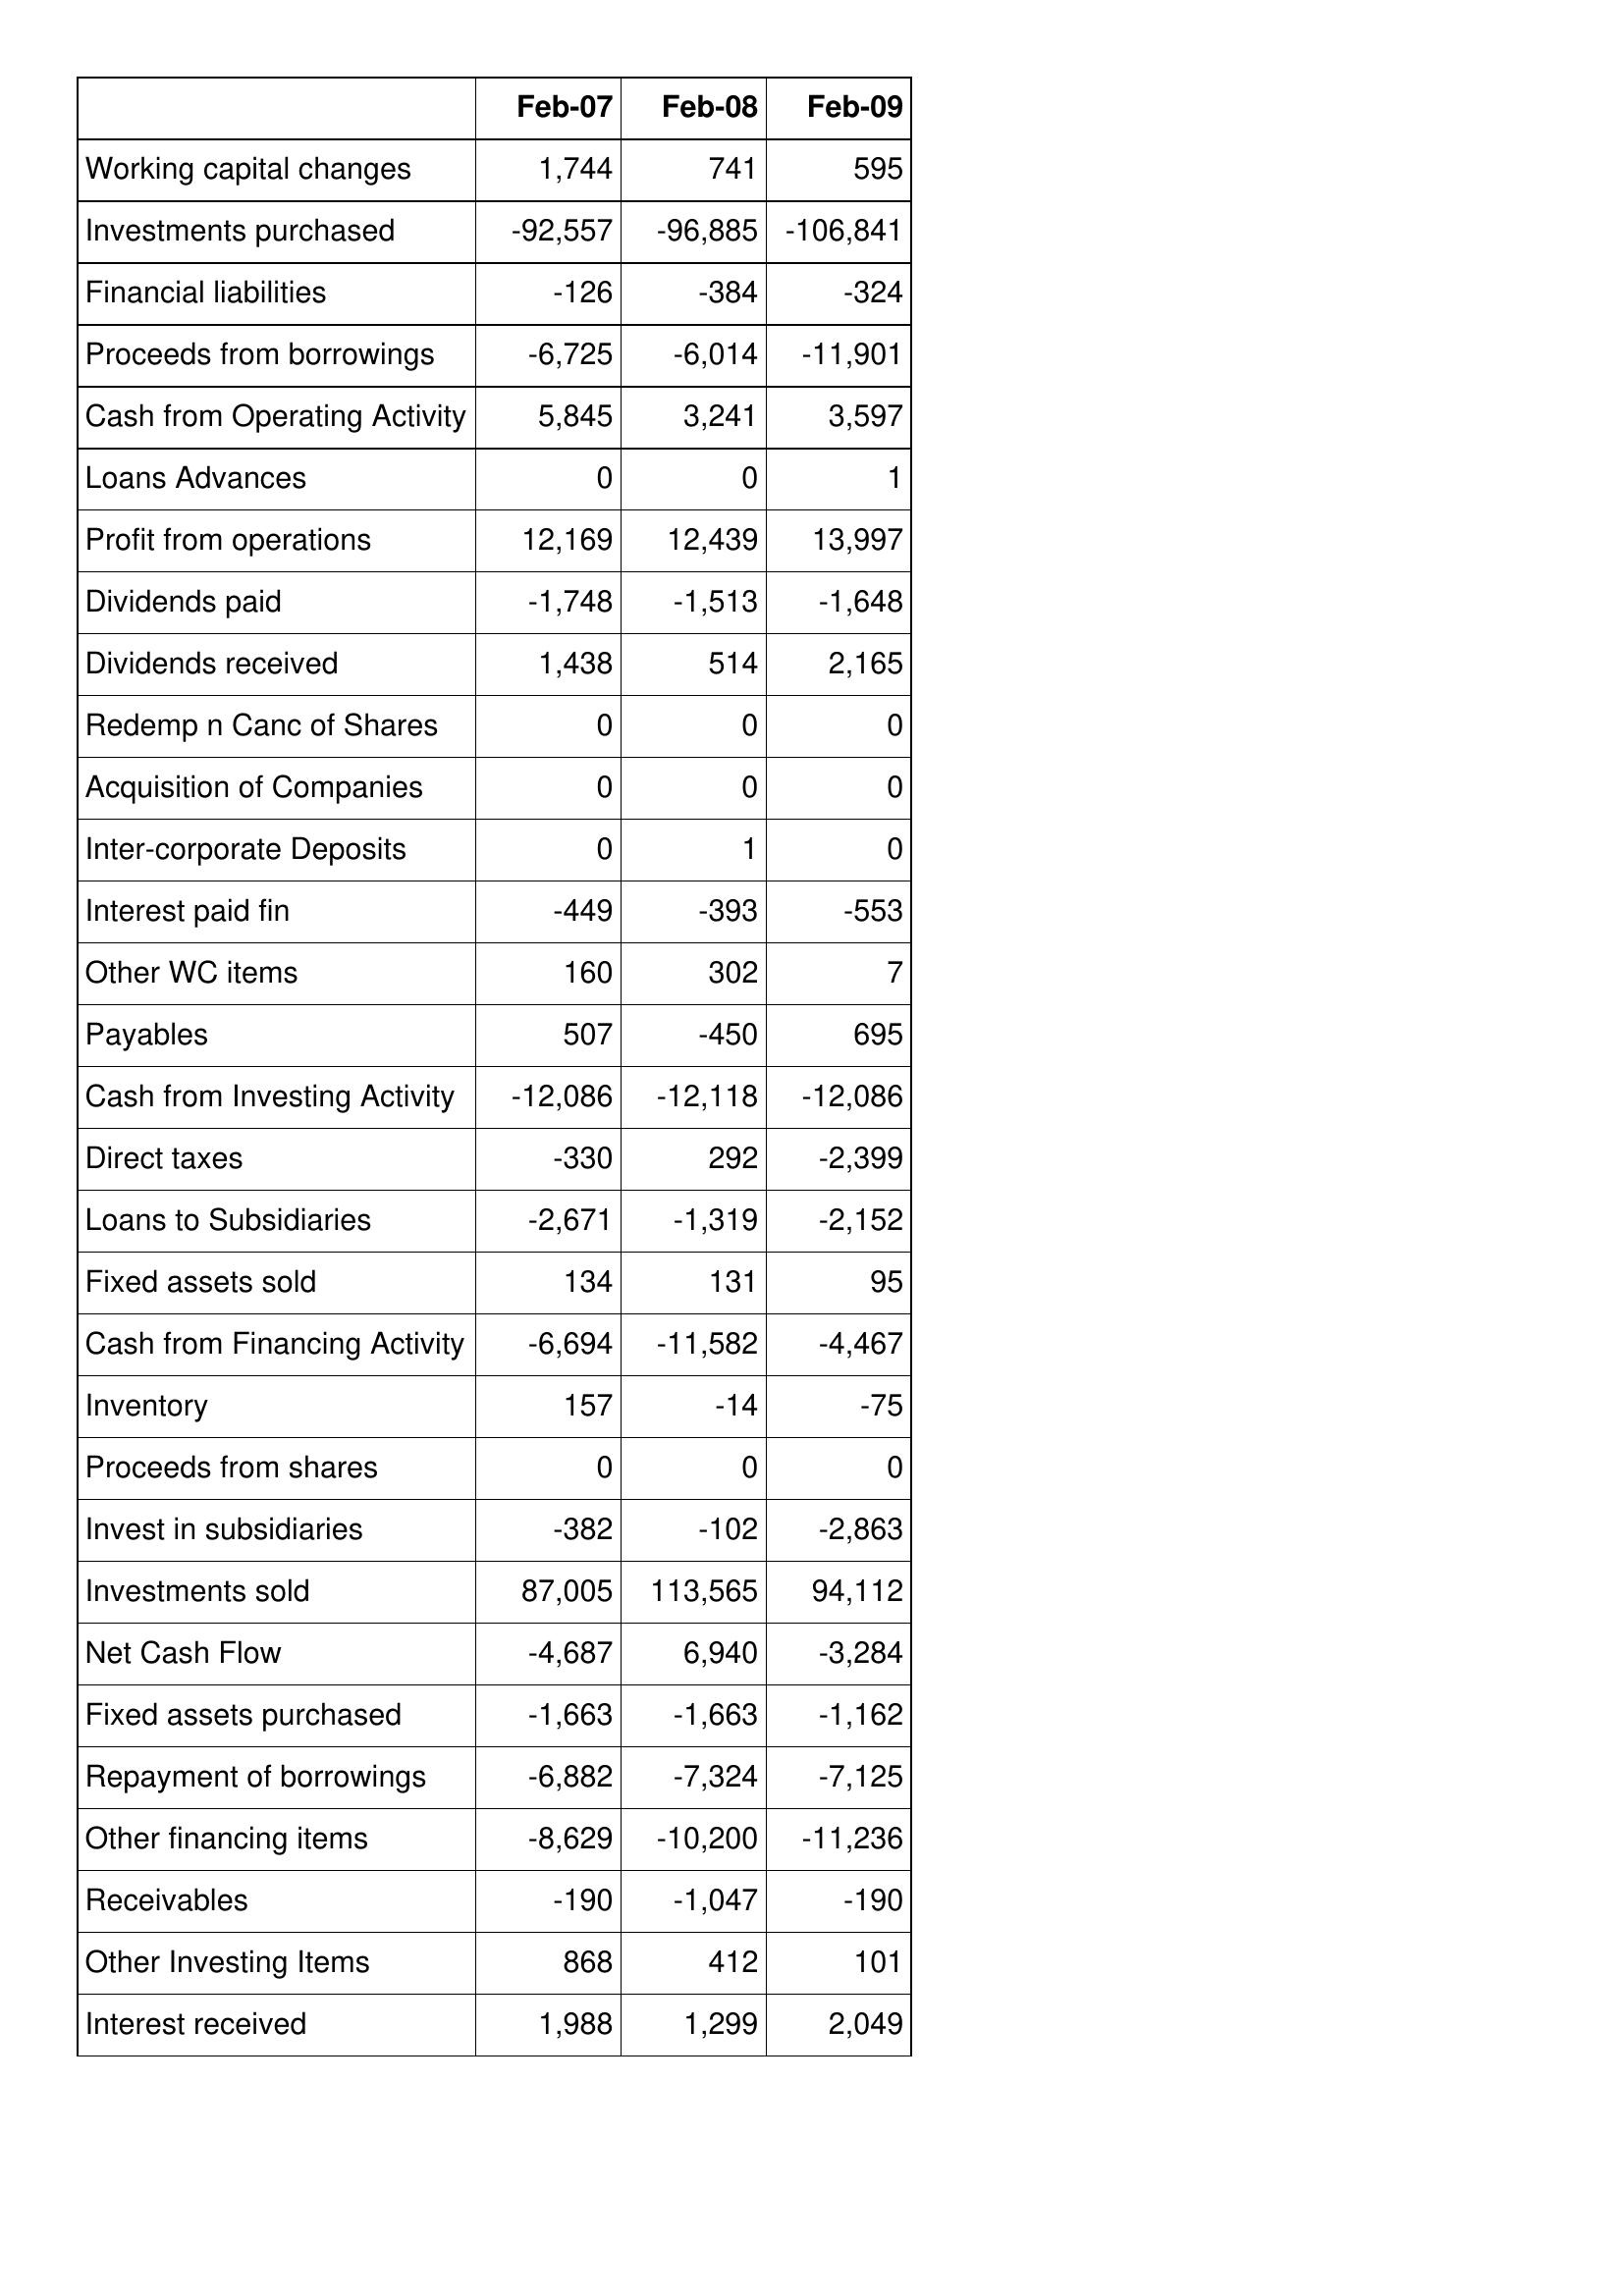
Feb-07: Cash Flows: Working capital changes: 1,744
Investments purchased: -92,557
Financial liabilities: -126
Proceeds from borrowings: -6,725
Cash from Operating Activity: 5,845
Loans Advances: 0
Profit from operations: 12,169
Dividends paid: -1,748
Dividends received: 1,438
Redemp n Canc of Shares: 0
Acquisition of Companies: 0
Inter-corporate Deposits: 0
Interest paid fin: -449
Other WC items: 160
Payables: 507
Cash from Investing Activity: -12,086
Direct taxes: -330
Loans to Subsidiaries: -2,671
Fixed assets sold: 134
Cash from Financing Activity: -6,694
Inventory: 157
Proceeds from shares: 0
Invest in subsidiaries: -382
Investments sold: 87,005
Net Cash Flow: -4,687
Fixed assets purchased: -1,663
Repayment of borrowings: -6,882
Other financing items: -8,629
Receivables: -190
Other Investing Items: 868
Interest received: 1,988
Feb-08: Cash Flows: Working capital changes: 741
Investments purchased: -96,885
Financial liabilities: -384
Proceeds from borrowings: -6,014
Cash from Operating Activity: 3,241
Loans Advances: 0
Profit from operations: 12,439
Dividends paid: -1,513
Dividends received: 514
Redemp n Canc of Shares: 0
Acquisition of Companies: 0
Inter-corporate Deposits: 1
Interest paid fin: -393
Other WC items: 302
Payables: -450
Cash from Investing Activity: -12,118
Direct taxes: 292
Loans to Subsidiaries: -1,319
Fixed assets sold: 131
Cash from Financing Activity: -11,582
Inventory: -14
Proceeds from shares: 0
Invest in subsidiaries: -102
Investments sold: 113,565
Net Cash Flow: 6,940
Fixed assets purchased: -1,663
Repayment of borrowings: -7,324
Other financing items: -10,200
Receivables: -1,047
Other Investing Items: 412
Interest received: 1,299
Feb-09: Cash Flows: Working capital changes: 595
Investments purchased: -106,841
Financial liabilities: -324
Proceeds from borrowings: -11,901
Cash from Operating Activity: 3,597
Loans Advances: 1
Profit from operations: 13,997
Dividends paid: -1,648
Dividends received: 2,165
Redemp n Canc of Shares: 0
Acquisition of Companies: 0
Inter-corporate Deposits: 0
Interest paid fin: -553
Other WC items: 7
Payables: 695
Cash from Investing Activity: -12,086
Direct taxes: -2,399
Loans to Subsidiaries: -2,152
Fixed assets sold: 95
Cash from Financing Activity: -4,467
Inventory: -75
Proceeds from shares: 0
Invest in subsidiaries: -2,863
Investments sold: 94,112
Net Cash Flow: -3,284
Fixed assets purchased: -1,162
Repayment of borrowings: -7,125
Other financing items: -11,236
Receivables: -190
Other Investing Items: 101
Interest received: 2,049